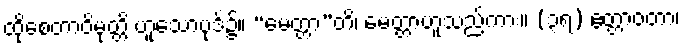
ထိုစေတာဝိမုတ္တိ ဟူသောပုဒ်၌။ “မေတ္တာ”တိ၊ မေတ္တာဟူသည်ကား။ (၃ရ) ဧတ္တာဝတာ၊